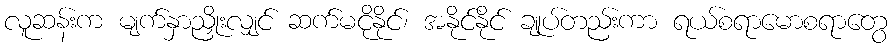
လူဆန်းက မျက်နှာညှိုးလျှင် ဆက်မငိုနိုင်၊ အနိုင်နိုင် ချုပ်တည်းကာ ရယ်စရာမောစရာတွေ